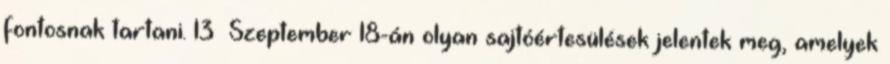
fontosnak tartani. 13 Szeptember 18-án olyan sajtóértesülések jelentek meg, amelyek